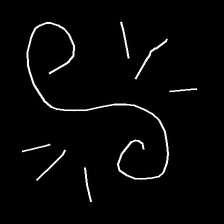
Glyph: wind-directs-air